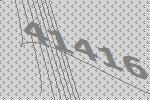
41416